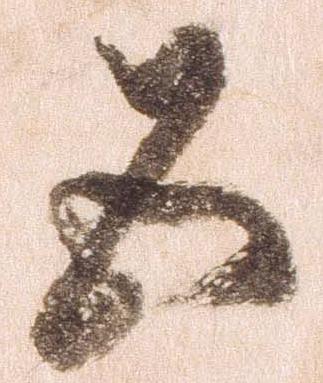
五